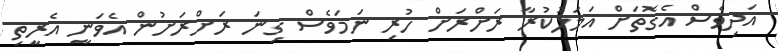
އަދިވެސް އެގޮތަށް އަމަލުކުރާ ރަށްރަށް ހުރި ނަމަވެސް ގިނަ ރަށްރަށުން އެވަނީ އެރީތި